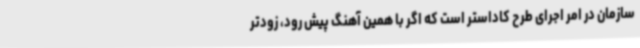
سازمان در امر اجرای طرح کاداستر است که اگر با همین آهنگ پیش رود، زودتر